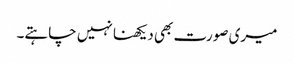
میری صورت بھی دیکھنا نہیں چاہتے۔